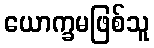
ယောက္ခမဖြစ်သူ